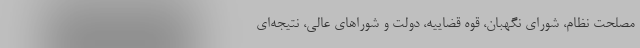
مصلحت نظام، شورای نگهبان، قوه قضاییه، دولت و شوراهای عالی، نتیجه‌ای